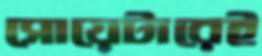
সোয়েটারেই